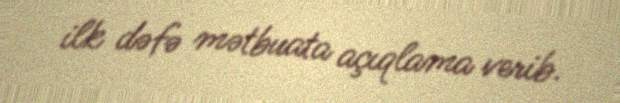
ilk dəfə mətbuata açıqlama verib.